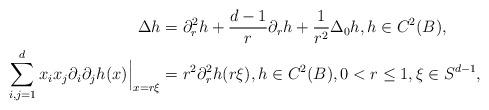
LaTeX: \begin{align*}\Delta h & = \partial_r^2 h + \frac{d-1}{r} \partial_r h + \frac{1}{r^2} \Delta_{0} h,h \in C^2(B),\\\sum_{i,j=1}^d x_i x_j \partial_i \partial_j h(x) \Big|_{x=r\xi} & =r^2 \partial_r^2 h (r\xi), h \in C^2(B),0<r \le 1, \xi \in S^{d-1},\end{align*}